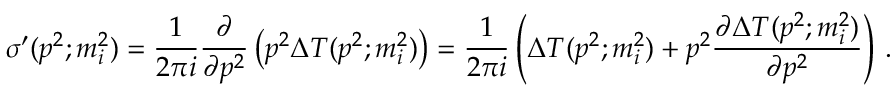
\sigma ^ { \prime } ( p ^ { 2 } ; m _ { i } ^ { 2 } ) = \frac { 1 } { 2 \pi i } \frac { \partial } { \partial p ^ { 2 } } \left( p ^ { 2 } \Delta T ( p ^ { 2 } ; m _ { i } ^ { 2 } ) \right) = \frac { 1 } { 2 \pi i } \left( \Delta T ( p ^ { 2 } ; m _ { i } ^ { 2 } ) + p ^ { 2 } \frac { \partial \Delta T ( p ^ { 2 } ; m _ { i } ^ { 2 } ) } { \partial p ^ { 2 } } \right) \, .